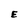
Character: E